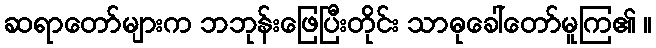
ဆရာတော်များက ဘဘုန်းဖြေပြီးတိုင်း သာဓုခေါ်တော်မူကြ၏ ။